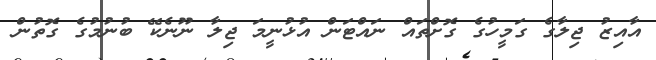
އާއިޒު ޖިލާގެ ގަމީހުގެ ގޮށްތައް ނައްޓަން އުޅުނީމަ ޖިލާ ނޫނެކޭ ބުނުމުގެ ގޮތުން